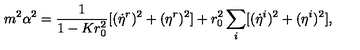
m ^ { 2 } \alpha ^ { 2 } = \frac { 1 } { 1 - K r _ { 0 } ^ { 2 } } [ ( \dot { \eta } ^ { r } ) ^ { 2 } + ( \eta ^ { r } ) ^ { 2 } ] + r _ { 0 } ^ { 2 } \sum _ { i } [ ( \dot { \eta } ^ { i } ) ^ { 2 } + ( \eta ^ { i } ) ^ { 2 } ] ,